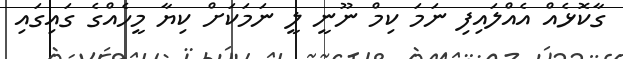
ގާކޮޅެއް އެއްލައިފި ނަމަ ކިމް ނޫނީ ލީ ނަމަކަށް ކިޔާ މީހެއްގެ ގައިގައި